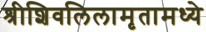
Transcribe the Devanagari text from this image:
श्रीशिवलिलामृतामध्ये